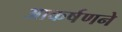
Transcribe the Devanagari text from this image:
आकर्षणने